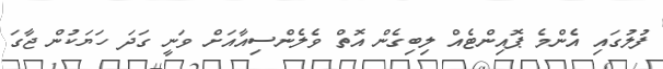
ފުލުގައި އެންމެ ޕޮއިންޓެއް ލިބިގެން އޮތް ވެލެންސިއާއަށް ވަނީ ގަދަ ހަޔަކުން ޖާގަ